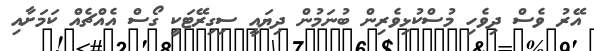
އޭރު ވެސް ދިވެހި މުސްކުޅިވެރިން ބުނަމުން ދިޔައީ ސިގިރޭޓަކީ ގޯސް އެއްޗެއް ކަމަށާއި